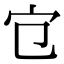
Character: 𡦻